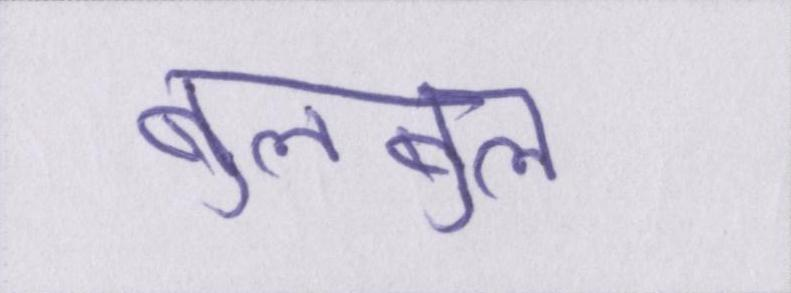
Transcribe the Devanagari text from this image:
बुलबुल